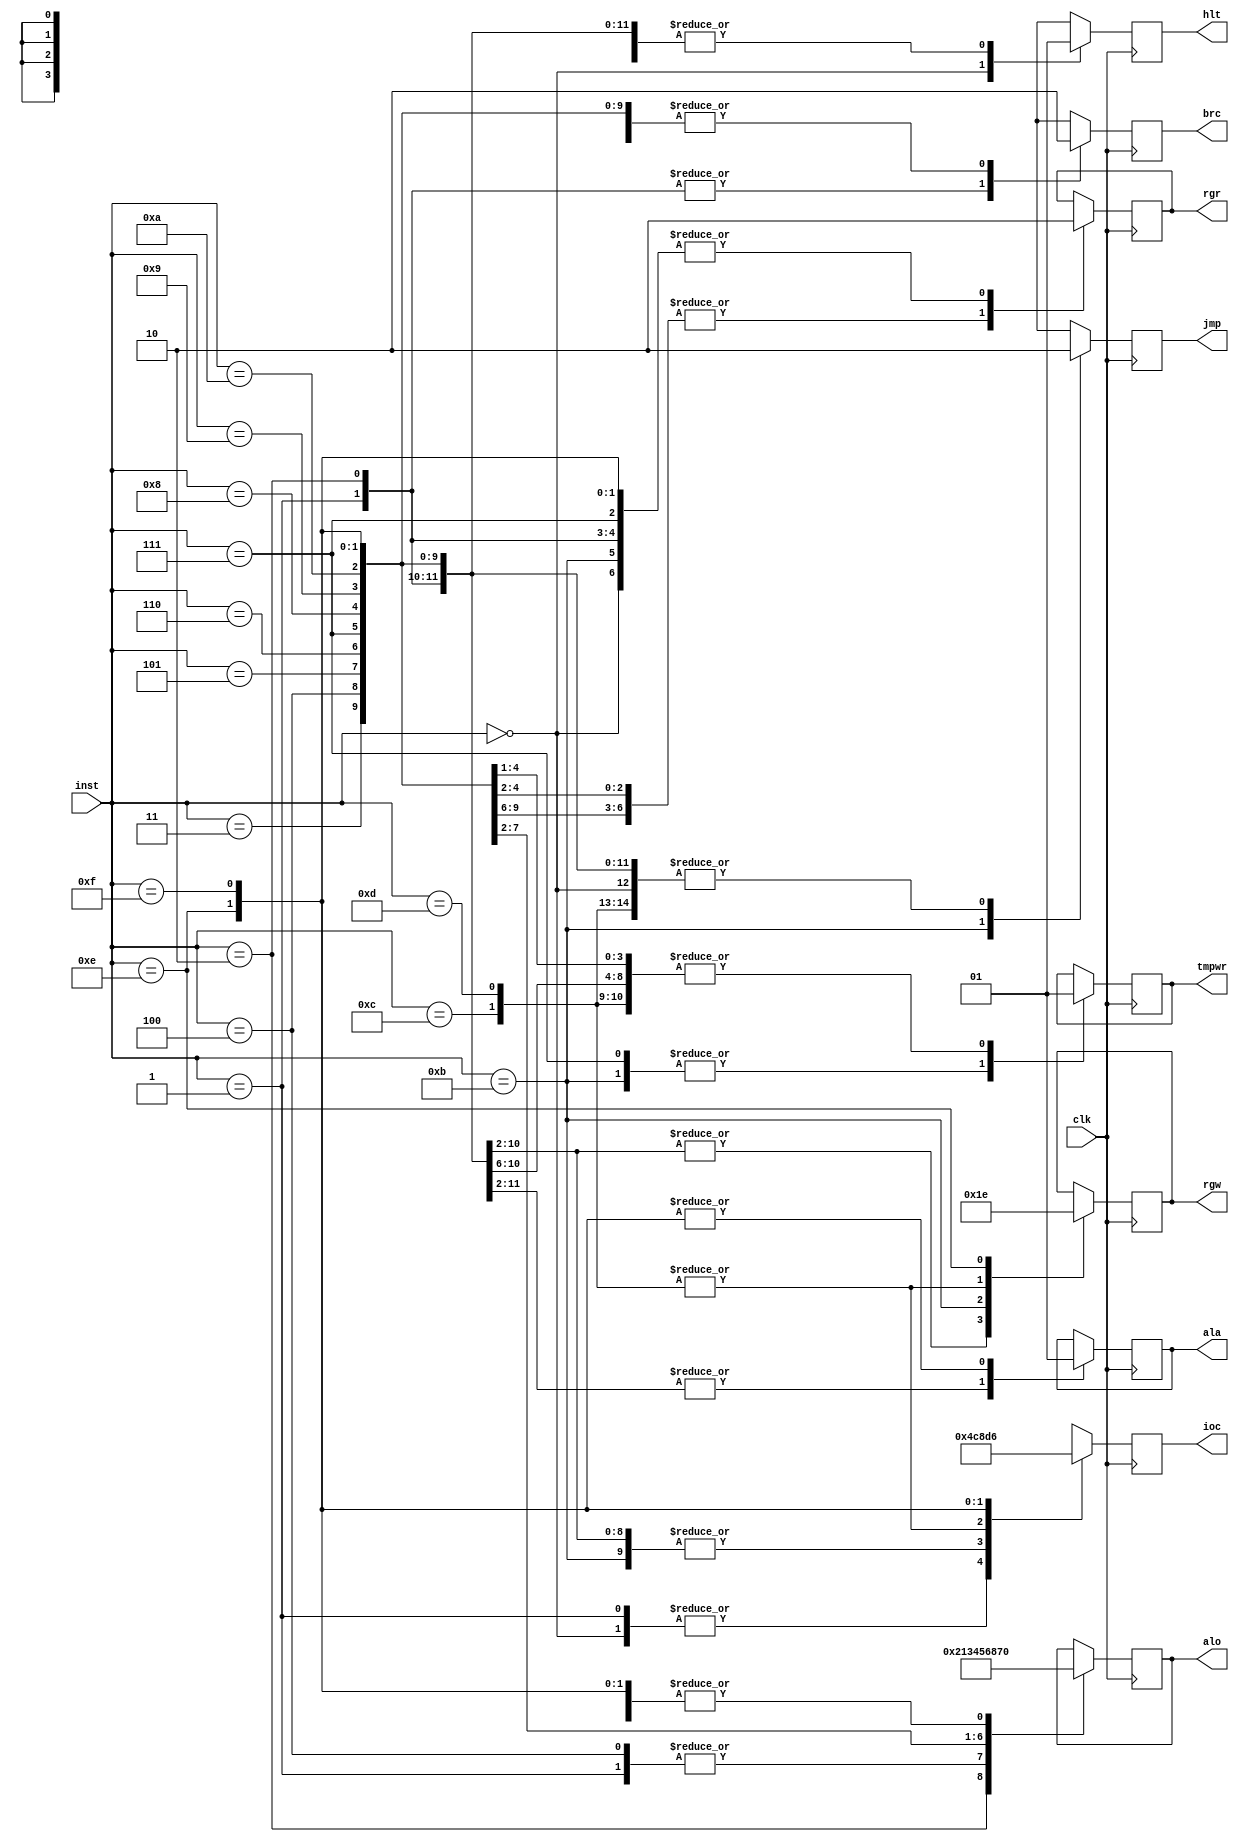
//Modulo de Controle de instrucoes:
//Entradas: 	
//		clk: clocks
//		inst: codigo da instrucao
//Saidas:	
//		tmpwr: Bit de controle escrita temporaria
//		hlt: Bit de controle sleep
//		jmp: Bit de controle de desvio incondicional
//		brc: Bit de controle de desvio condicional
//		rgw: Bits de controle de escrita em registrador
//		ioc: Bits de controle de I/O de dados(banco e memoria)
//		rgr: Bit de controle de leitura em registrador
//		alo: Bits de controle da ALU
//		ala: Bit de controle de entrada da ALU
module nR_Control(clk,inst,tmpwr,hlt,jmp,brc,rgw,ioc,rgr,alo,ala);
	input clk;
	input[3:0]inst;
	output reg tmpwr,hlt,jmp,brc,rgr,ala;
	output reg[1:0] rgw;
	output reg[3:0] ioc,alo;

	initial 
	begin 
		tmpwr<=0;
		hlt<=1;
		jmp<=0;
		brc<=0;
		rgw<=0;
		ioc<=0;
		rgr<=0;
		alo<=0;
		ala<=0;
	end

	always @ (posedge clk) begin
		case (inst)
		  4'b0000: begin//slp
		  	hlt<=0;
			jmp<=0;
			brc<=0;
			ioc<=4'b0100;
			rgr<=0;
			end
		  4'b0001: begin//brq
		  	hlt<=1;
			jmp<=0;
			brc<=1;
			ioc<=4'b0100;
			rgr<=0;
			alo<=4'b0001;
			ala<=0;
			end
		  4'b0010: begin//brf
		  	tmpwr<=1;
			hlt<=1;
			jmp<=0;
			brc<=1;
			rgw<=2'b00;
			ioc<=4'b1100;
			rgr<=0;
			alo<=4'b0010;
			ala<=0;
			end
		  4'b0011: begin//add
		  	tmpwr<=1;
			hlt<=1;
			jmp<=0;
			brc<=0;
			rgw<=2'b00;
			ioc<=4'b1100;
			rgr<=1;
			alo<=4'b0000;
			ala<=0;
			end
		  4'b0100: begin//sub
		  	tmpwr<=1;
			hlt<=1;
			jmp<=0;
			brc<=0;
			rgw<=2'b00;
			ioc<=4'b1100;
			rgr<=1;
			alo<=4'b0001;
			ala<=0;
			end
		  4'b0101: begin//and
		  	tmpwr<=1;
			hlt<=1;
			jmp<=0;
			brc<=0;
			rgw<=2'b00;
			ioc<=4'b1100;
			rgr<=1;
			alo<=4'b0011;
			ala<=0;
			end
		  4'b0110: begin//or
		  	tmpwr<=1;
			hlt<=1;
			jmp<=0;
			brc<=0;
			rgw<=2'b00;
			ioc<=4'b1100;
			rgr<=1;
			alo<=4'b0100;
			ala<=0;
			end
		  4'b0111: begin//nor
		  	tmpwr<=0;
			hlt<=1;
			jmp<=0;
			brc<=0;
			rgw<=2'b00;
			ioc<=4'b1100;
			rgr<=0;
			alo<=4'b0101;
			ala<=0;
			end
		  4'b1000: begin//slt
		  	tmpwr<=1;
			hlt<=1;
			jmp<=0;
			brc<=0;
			rgw<=2'b00;
			ioc<=4'b1100;
			rgr<=1;
			alo<=4'b0110;
			ala<=0;
			end
		  4'b1001: begin//sr
		  	tmpwr<=1;
			hlt<=1;
			jmp<=0;
			brc<=0;
			rgw<=2'b00;
			ioc<=4'b1100;
			rgr<=1;
			alo<=4'b1000;
			ala<=0;
			end
		  4'b1010: begin//sl
		  	tmpwr<=1;
			hlt<=1;
			jmp<=0;
			brc<=0;
			rgw<=2'b00;
			ioc<=4'b1100;
			rgr<=1;
			alo<=4'b0111;
			ala<=0;
			end
		  4'b1011: begin//jr
		  	tmpwr<=0;
			hlt<=1;
			jmp<=1;
			brc<=0;
			rgw<=2'b01;
			ioc<=4'b1100;
			rgr<=0;
			end
		  4'b1100: begin//la
		  	tmpwr<=1;
			hlt<=1;
			jmp<=0;
			brc<=0;
			rgw<=2'b11;
			ioc<=4'b1000;
			end
		  4'b1101: begin//lc
		  	tmpwr<=1;
			hlt<=1;
			jmp<=0;
			brc<=0;
			rgw<=2'b11;
			ioc<=4'b1000;
			end
		  4'b1110: begin//lw
		  	tmpwr<=1;
			hlt<=1;
			jmp<=0;
			brc<=0;
			rgw<=2'b10;
			ioc<=4'b1101;
			rgr<=0;
			alo<=4'b0000;
			ala<=1;
			end
		  4'b1111: begin//sw
			hlt<=1;
			jmp<=0;
			brc<=0;
			ioc<=4'b0110;
			rgr<=0;
			alo<=4'b0000;
			ala<=1;
			end
		endcase
	end
endmodule